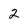
Character: 2